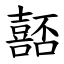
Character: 嚭